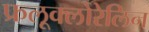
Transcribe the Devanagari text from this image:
फ्रलूक्लोरेलिन